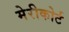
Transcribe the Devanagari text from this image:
मेरीकोर्ट